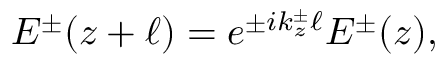
E ^ { \pm } ( z + \ell ) = e ^ { \pm i k _ { z } ^ { \pm } \ell } E ^ { \pm } ( z ) ,